Calcutta medical institutions reports 1871-78
Year: 1871
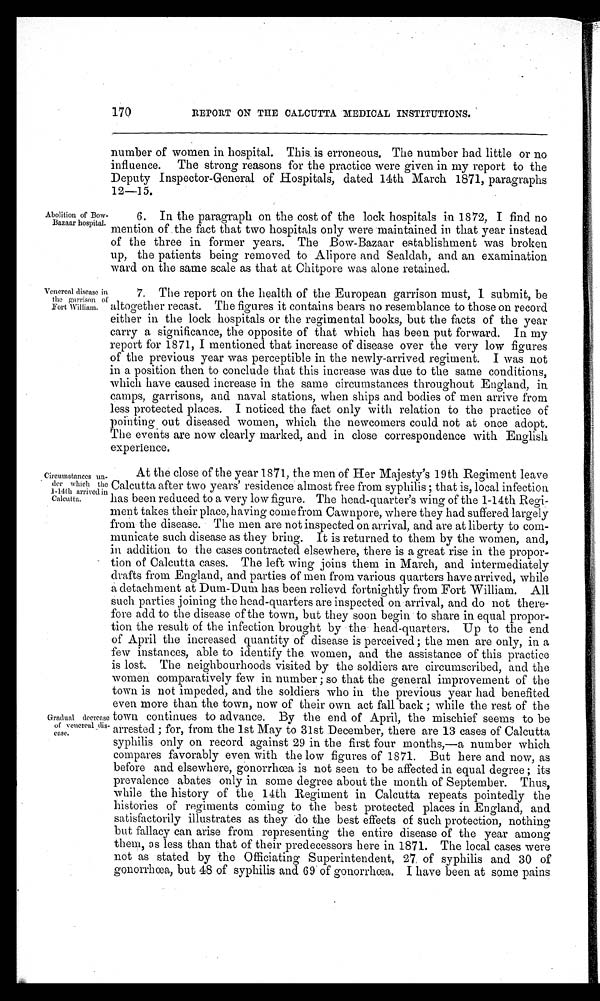
170
REPORT ON THE CALCUTTA MEDICAL INSTITUTIONS.
Abolition of Bow-
Bazaar hospital.
number of women in hospital. This is erroneous. The number had little or no
influence. The strong reasons for the practice were given in my report to the
Deputy Inspector-General of Hospitals, dated 14th March 1871, paragraphs
12—15.
6. In the paragraph on the cost of the lock hospitals in 1872, I find no
mention of the fact that two hospitals only were maintained in that year instead
of the three in former years. The Bow-Bazaar establishment was broken
up, the patients being removed to Alipore and Sealdah, and an examination
ward on the same scale as that at Chitpore was alone retained.
Venereal disease in
the garrison of
Fort William.
7. The report on the health of the European garrison must, I submit, be
altogether recast. The figures it contains bears no resemblance to those on record
either in the lock hospitals or the regimental books, but the facts of the year
carry a significance, the opposite of that which has been put forward. In my
report for 1871, I mentioned that increase of disease over the very low figures
of the previous year was perceptible in the newly-arrived regiment. I was not
in a position then to conclude that this increase was due to the same conditions,
which have caused increase in the same circumstances throughout England, in
camps, garrisons, and naval stations, when ships and bodies of men arrive from
less protected places. I noticed the fact only with relation to the practice of
pointing, out diseased women, which the newcomers could not at once adopt.
The events are now clearly marked, and in close correspondence with English
experience.
Circumstances un-
der which the
1-14th arrived in
Calcutta.
Gradual decrease
of venereal dis-
ease.
At the close of the year 1871, the men of Her Majesty's 19th Regiment leave
Calcutta after two years' residence almost free from syphilis; that is, local infection
has been reduced to a very low figure. The head-quarter's wing of the 1-14th Regi-
ment takes their place, having come from Cawnpore, where they had suffered largely
from the disease. The men are not inspected on arrival, and are at liberty to com-
municate such disease as they bring. It is returned to them by the women, and,
in addition to the cases contracted elsewhere, there is a great rise in the propor-
tion of Calcutta cases. The left wing joins them in March, and intermediately
drafts from England, and parties of men from various quarters have arrived, while
a detachment at Dum-Dum has been relievd fortnightly from Fort William. All
such parties joining the head-quarters are inspected on arrival, and do not there-
fore add to the disease of the town, but they soon begin to share in equal propor-
tion the result of the infection brought by the head-quarters. Up to the end
of April the increased quantity of disease is perceived; the men are only, in a
few instances, able to identify the women, and the assistance of this practice
is lost. The neighbourhoods visited by the soldiers are circumscribed, and the
women comparatively few in number; so that the general improvement of the
town is not impeded, and the soldiers who in the previous year had benefited
even more than the town, now of their own act fall back; while the rest of the
town continues to advance. By the end of April, the mischief seems to be
arrested; for, from the 1st May to 31st December, there are 13 cases of Calcutta
syphilis only on record against 29 in the first four months,—a number which
compares favorably even with the low figures of 1871. But here and now, as
before and elsewhere, gonorrhœa is not seen to be affected in equal degree; its
prevalence abates only in some degree about the month of September. Thus,
while the history of the 14th Regiment in Calcutta repeats pointedly the
histories of regiments coming to the best protected places in England, and
satisfactorily illustrates as they do the best effects of such protection, nothing
but fallacy can arise from representing the entire disease of the year among
them, as less than that of their predecessors here in 1871. The local cases were
not as stated by the Officiating Superintendent, 27 of syphilis and 30 of
gonorrhœa, but 48 of syphilis and 69 of gonorrhœa. I have been at some pains